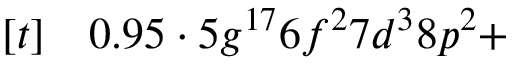
\begin{array} { r l } { [ t ] } & { { } 0 . 9 5 \cdot 5 g ^ { 1 7 } 6 f ^ { 2 } 7 d ^ { 3 } 8 p ^ { 2 } + } \end{array}